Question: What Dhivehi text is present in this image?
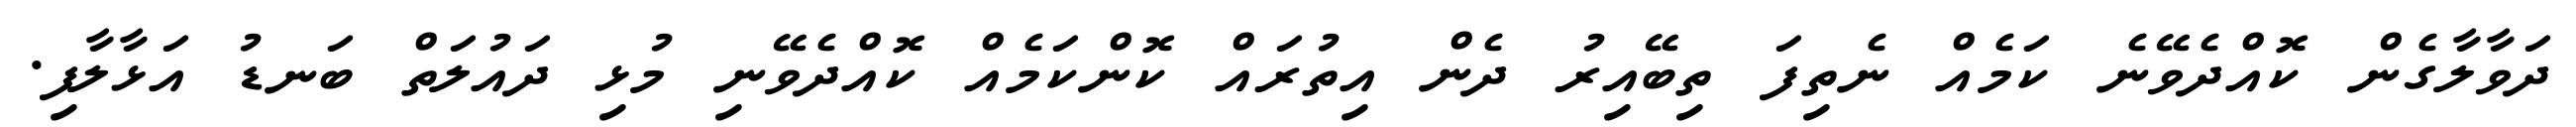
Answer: ދަވާލާގެން ކޮއްދެވޭނެ ކަމެއް ނެތިފަ ތިބޭއިރު ދެން އިތުރައް ކޮންކަމެއް ކޮއްދެވޭނި މުޅި ދައުލަތް ބަނޑު އަޅާލާފި.